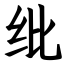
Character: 纰